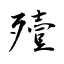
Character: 殪